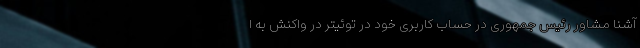
آشنا مشاور رئیس جمهوری در حساب کاربری خود در توئیتر در واکنش به ا